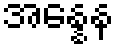
အန္နေန